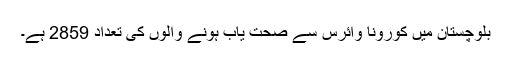
بلوچستان میں کورونا وائرس سے صحت یاب ہونے والوں کی تعداد 2859 ہے۔